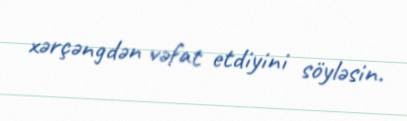
xərçəngdən vəfat etdiyini söyləsin.